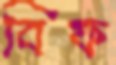
বিফ